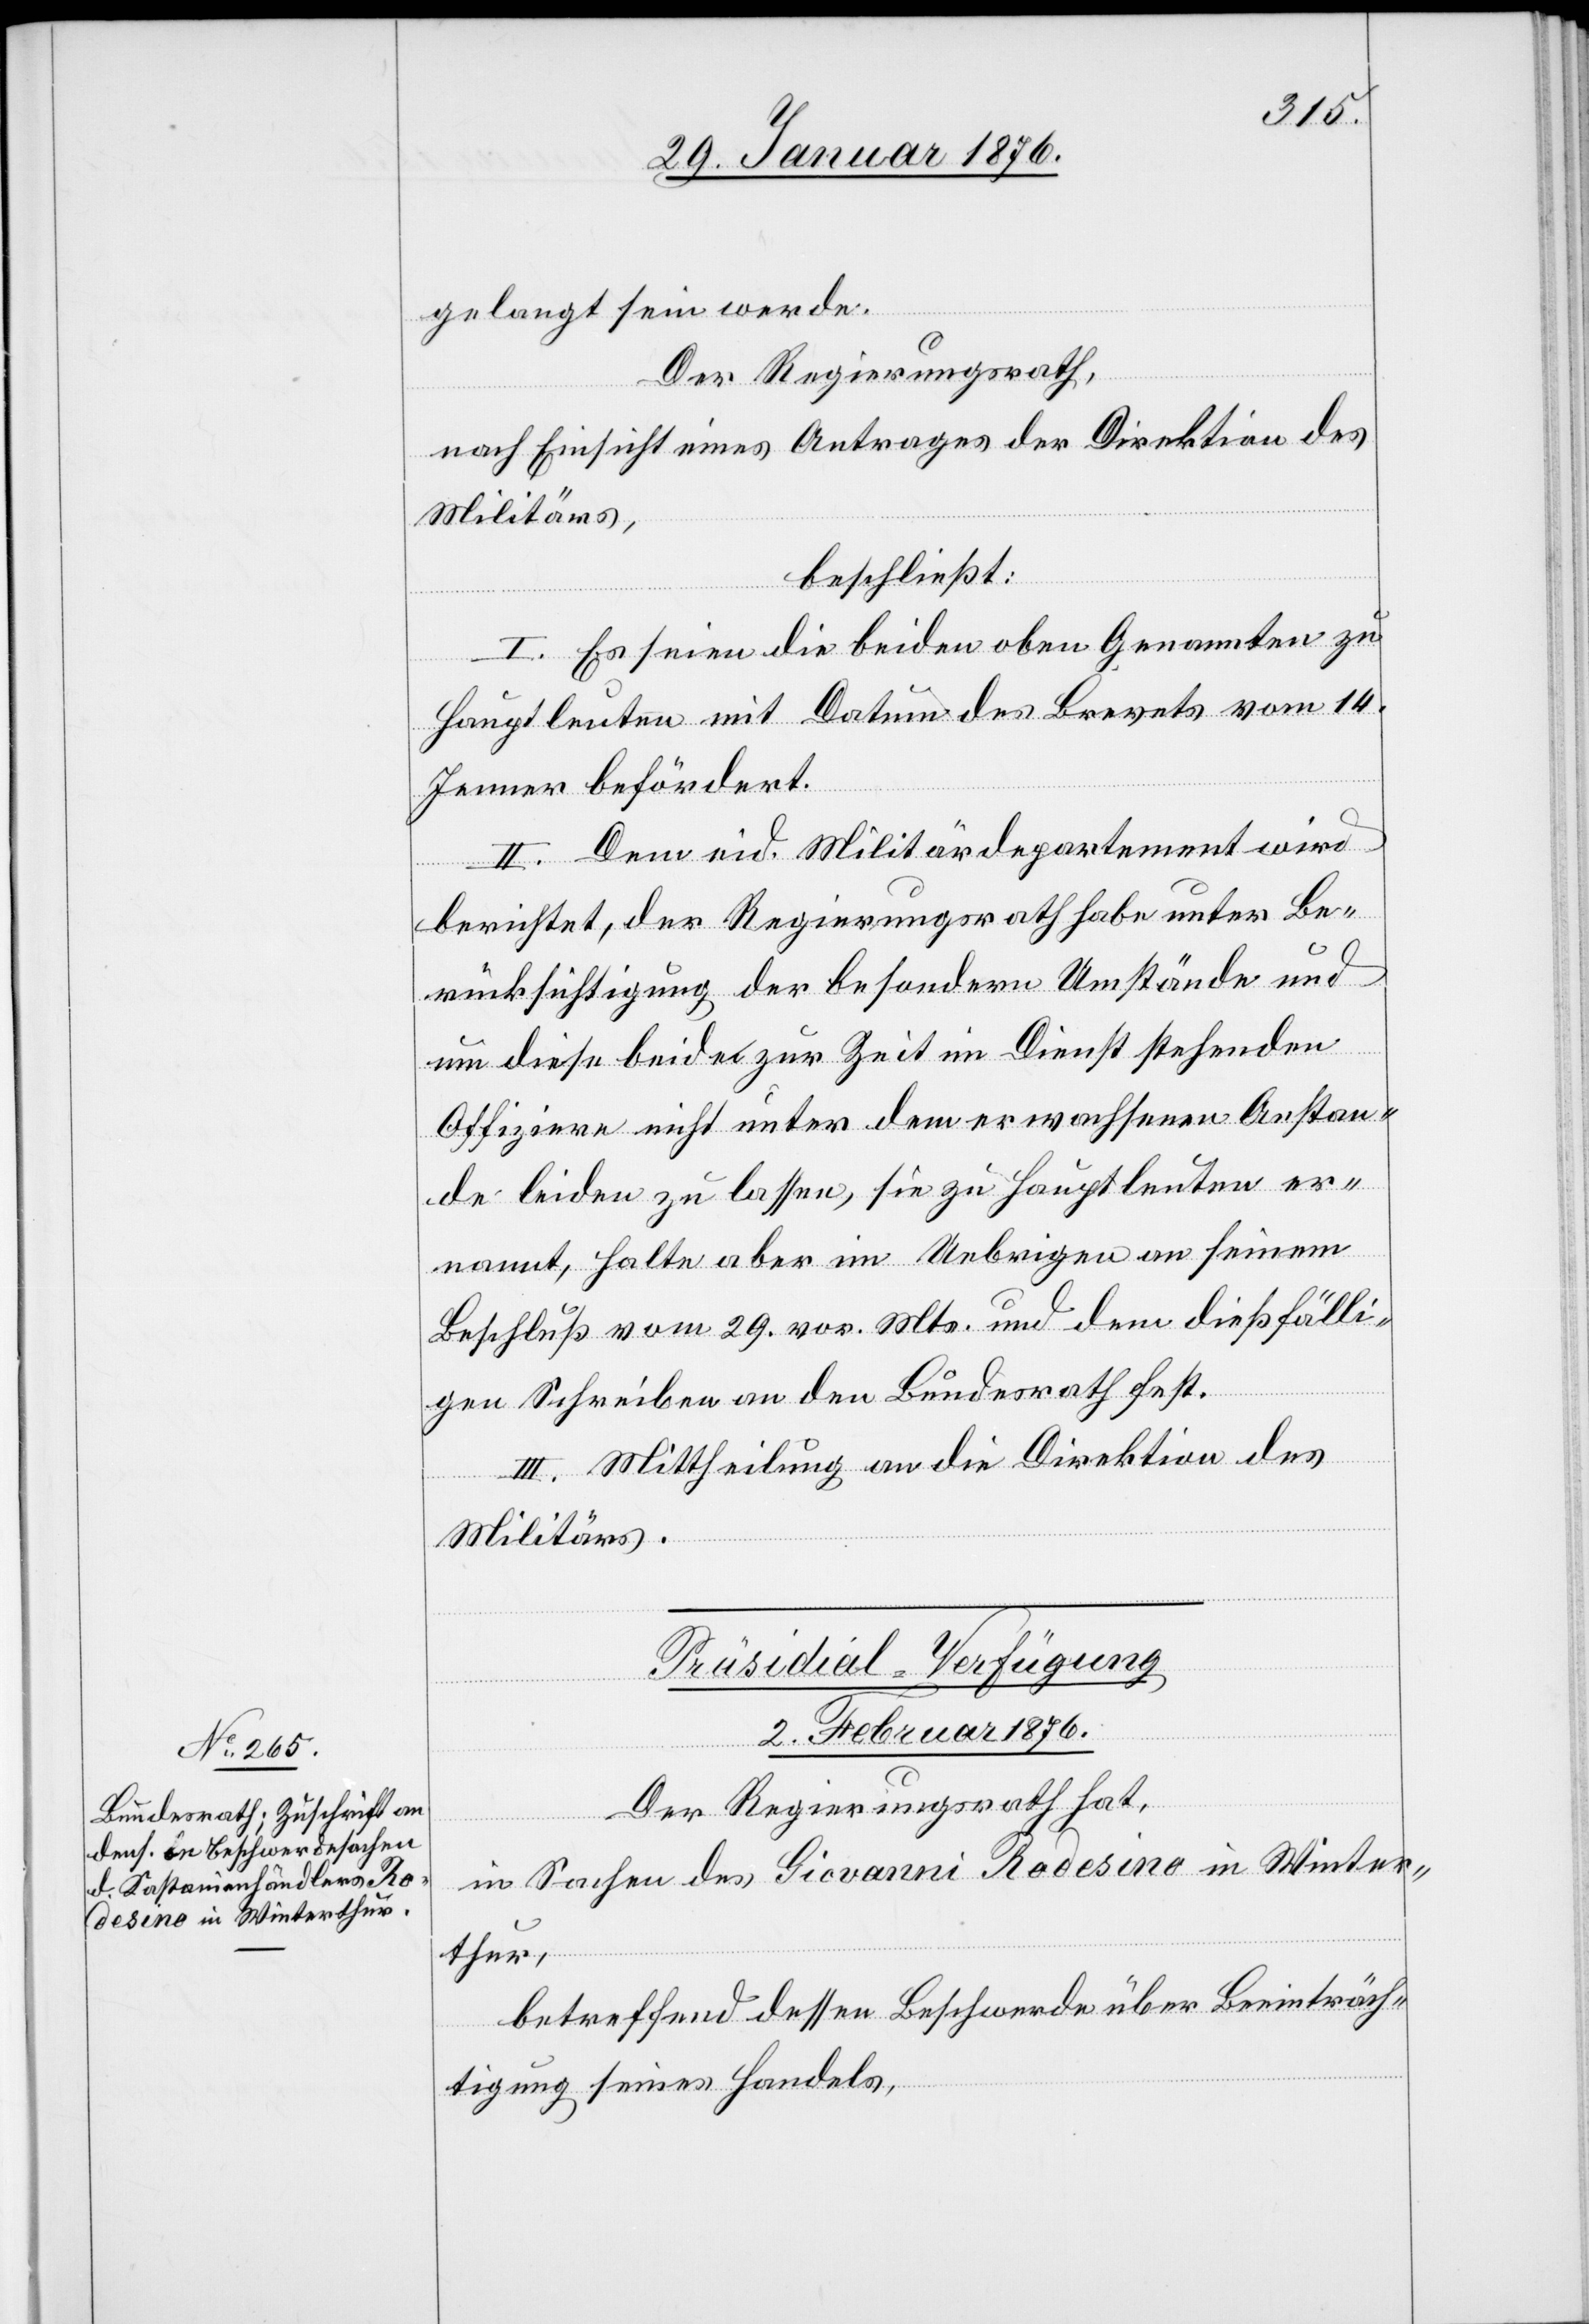
gelangt sein werde.
Der Regierungsrath,
nach Einsicht eines Antrages der Direktion des
Militärs,
beschließt:
I. Es seien die beiden oben Genannten zu
Hauptleuten mit Datum des Brevets vom 14.
Jenner befördert.
II. Dem eid. Militärdepartement wird
berichtet, der Regierungsrath habe unter Be¬
rücksichtigung der besondern Umstände und
um diese beiden zur Zeit im Dienst stehenden
Offiziere nicht unter dem erwachsenen Anstan¬
de leiden zu lassen, sie zu Hauptleuten er¬
nannt, halte aber im Uebrigen an seinem
Beschluß vom 29. vor. Mts. und dem dießfälli¬
gen Schreiben an den Bundesrath fest.
III. Mittheilung an die Direktion des
Militärs.
Präsidial-Verfügung
2. Februar 1876.
Der Regierungsrath hat,
in Sachen des Giovanni Radesino in Winter¬
thur,
betreffend dessen Beschwerde über Beeinträch¬
tigung seines Handels,